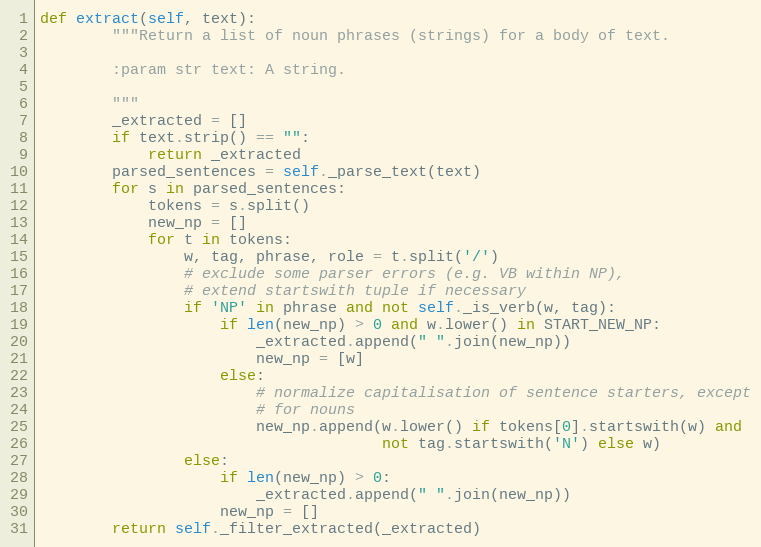
Language: Python
def extract(self, text):
        """Return a list of noun phrases (strings) for a body of text.

        :param str text: A string.

        """
        _extracted = []
        if text.strip() == "":
            return _extracted
        parsed_sentences = self._parse_text(text)
        for s in parsed_sentences:
            tokens = s.split()
            new_np = []
            for t in tokens:
                w, tag, phrase, role = t.split('/')
                # exclude some parser errors (e.g. VB within NP),
                # extend startswith tuple if necessary
                if 'NP' in phrase and not self._is_verb(w, tag):
                    if len(new_np) > 0 and w.lower() in START_NEW_NP:
                        _extracted.append(" ".join(new_np))
                        new_np = [w]
                    else:
                        # normalize capitalisation of sentence starters, except
                        # for nouns
                        new_np.append(w.lower() if tokens[0].startswith(w) and
                                      not tag.startswith('N') else w)
                else:
                    if len(new_np) > 0:
                        _extracted.append(" ".join(new_np))
                    new_np = []
        return self._filter_extracted(_extracted)